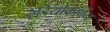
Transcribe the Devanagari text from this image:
रेडियोकॉर्बन